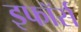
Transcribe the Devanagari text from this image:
इफॉर्स